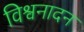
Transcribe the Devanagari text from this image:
विश्वनादन